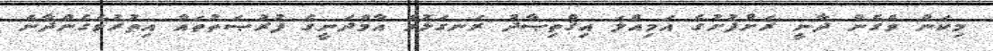
މިކަން ވެގެން ދާނީ ރަށްފުށުގެ އަމިއްލަ އިޤްތިޞާދު ރަނގަޅުވެ އާމްދަނީގެ ފުރުޞަތުތައް އިތުރުވެގެންދާނެ